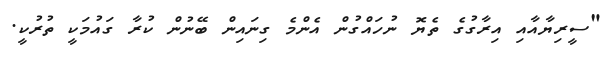
"ސީރިޔާއާއި އިރާގުގެ ތެޔޮ ނުހައްގުން އެންމެ ގިނައިން ބޭނުން ކުރާ ގައުމަކީ ތުރުކީ.